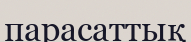
парасаттық